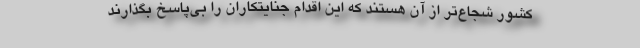
کشور شجاع‌تر از آن هستند که این اقدام جنایتکاران را بی‌پاسخ بگذارند